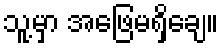
သူ့မှာ အဖြေမရှိချေ။